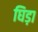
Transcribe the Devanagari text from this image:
घिड़ा